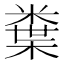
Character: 𭫮